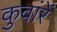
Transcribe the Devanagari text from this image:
कुवांरें